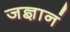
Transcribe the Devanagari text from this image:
जज्ञानं